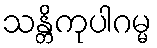
သန္တိကုပါဂမ္မ